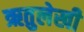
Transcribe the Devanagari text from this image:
ऋतुलेखी